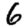
Digit: 6